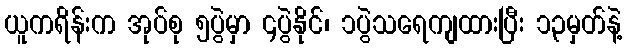
ယူကရိန်းက အုပ်စု ၅ပွဲမှာ ၄ပွဲနိုင်၊ ၁ပွဲသရေကျထားပြီး ၁၃မှတ်နဲ့